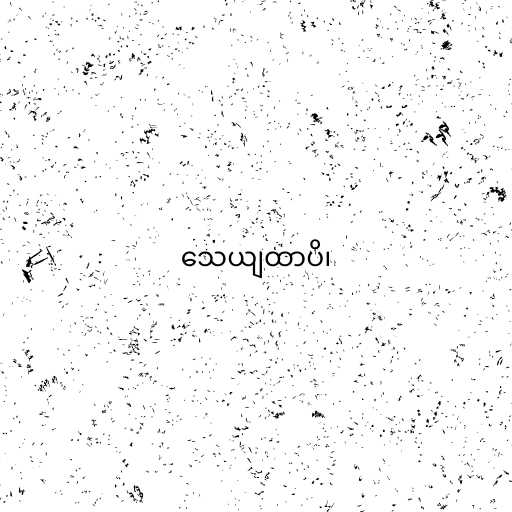
သေယျထာပိ၊